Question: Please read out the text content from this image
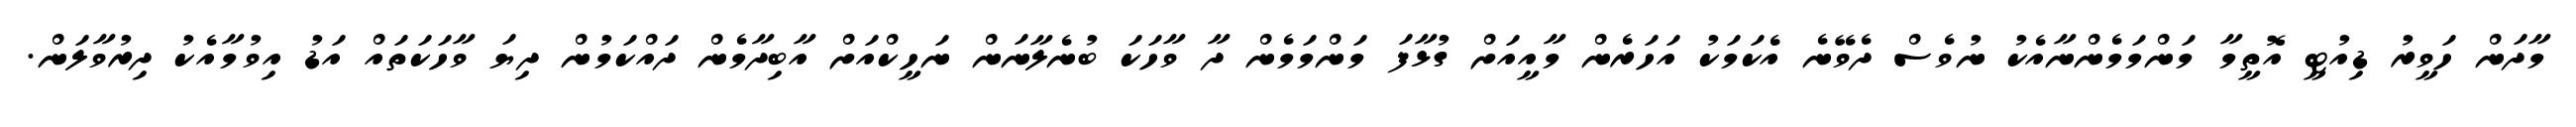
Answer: މާދަން ހަވީރު ޑިއުޓީ އޮތީމާ މަންމަމެންނާއެކު ނުވެސް ދެވޭނެ އެކަމަކު އަހަރެން މާއީއަށް ގުޅާފަ މަންމަމެން ދާ ވާހަކަ ބުނެލާނަން ނަހީކްއަށް އާބިދާމެން ދައްކަމުން ދިޔަ ވާހަކަތައް އަޑު އިވުމާއެކު ދިރުވާލަން.